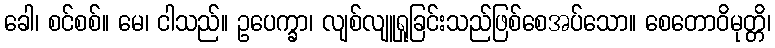
ခေါ၊ စင်စစ်။ မေ၊ ငါသည်။ ဥပေက္ခာ၊ လျစ်လျူရှုခြင်းသည်ဖြစ်စေအပ်သော။ စေတောဝိမုတ္တိ၊